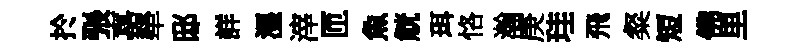
扵張嘉犖邸詳湿滓匝魚觥珥恪瀚庚珪飛粲短佛里